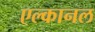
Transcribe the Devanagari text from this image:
एल्कानल